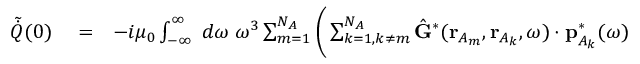
\begin{array} { r l r } { \tilde { \dot { Q } } ( 0 ) } & { { } = } & { - i \mu _ { 0 } \int _ { - \infty } ^ { \infty } \; d \omega \; \omega ^ { 3 } \sum _ { m = 1 } ^ { N _ { A } } \Bigg ( \sum _ { k = 1 , k \neq m } ^ { N _ { A } } \hat { \mathbf { G } } ^ { * } ( \mathbf { r } _ { A _ { m } } , \mathbf { r } _ { A _ { k } } , \omega ) \cdot \mathbf { p } _ { { A _ { k } } } ^ { * } ( \omega ) } \end{array}